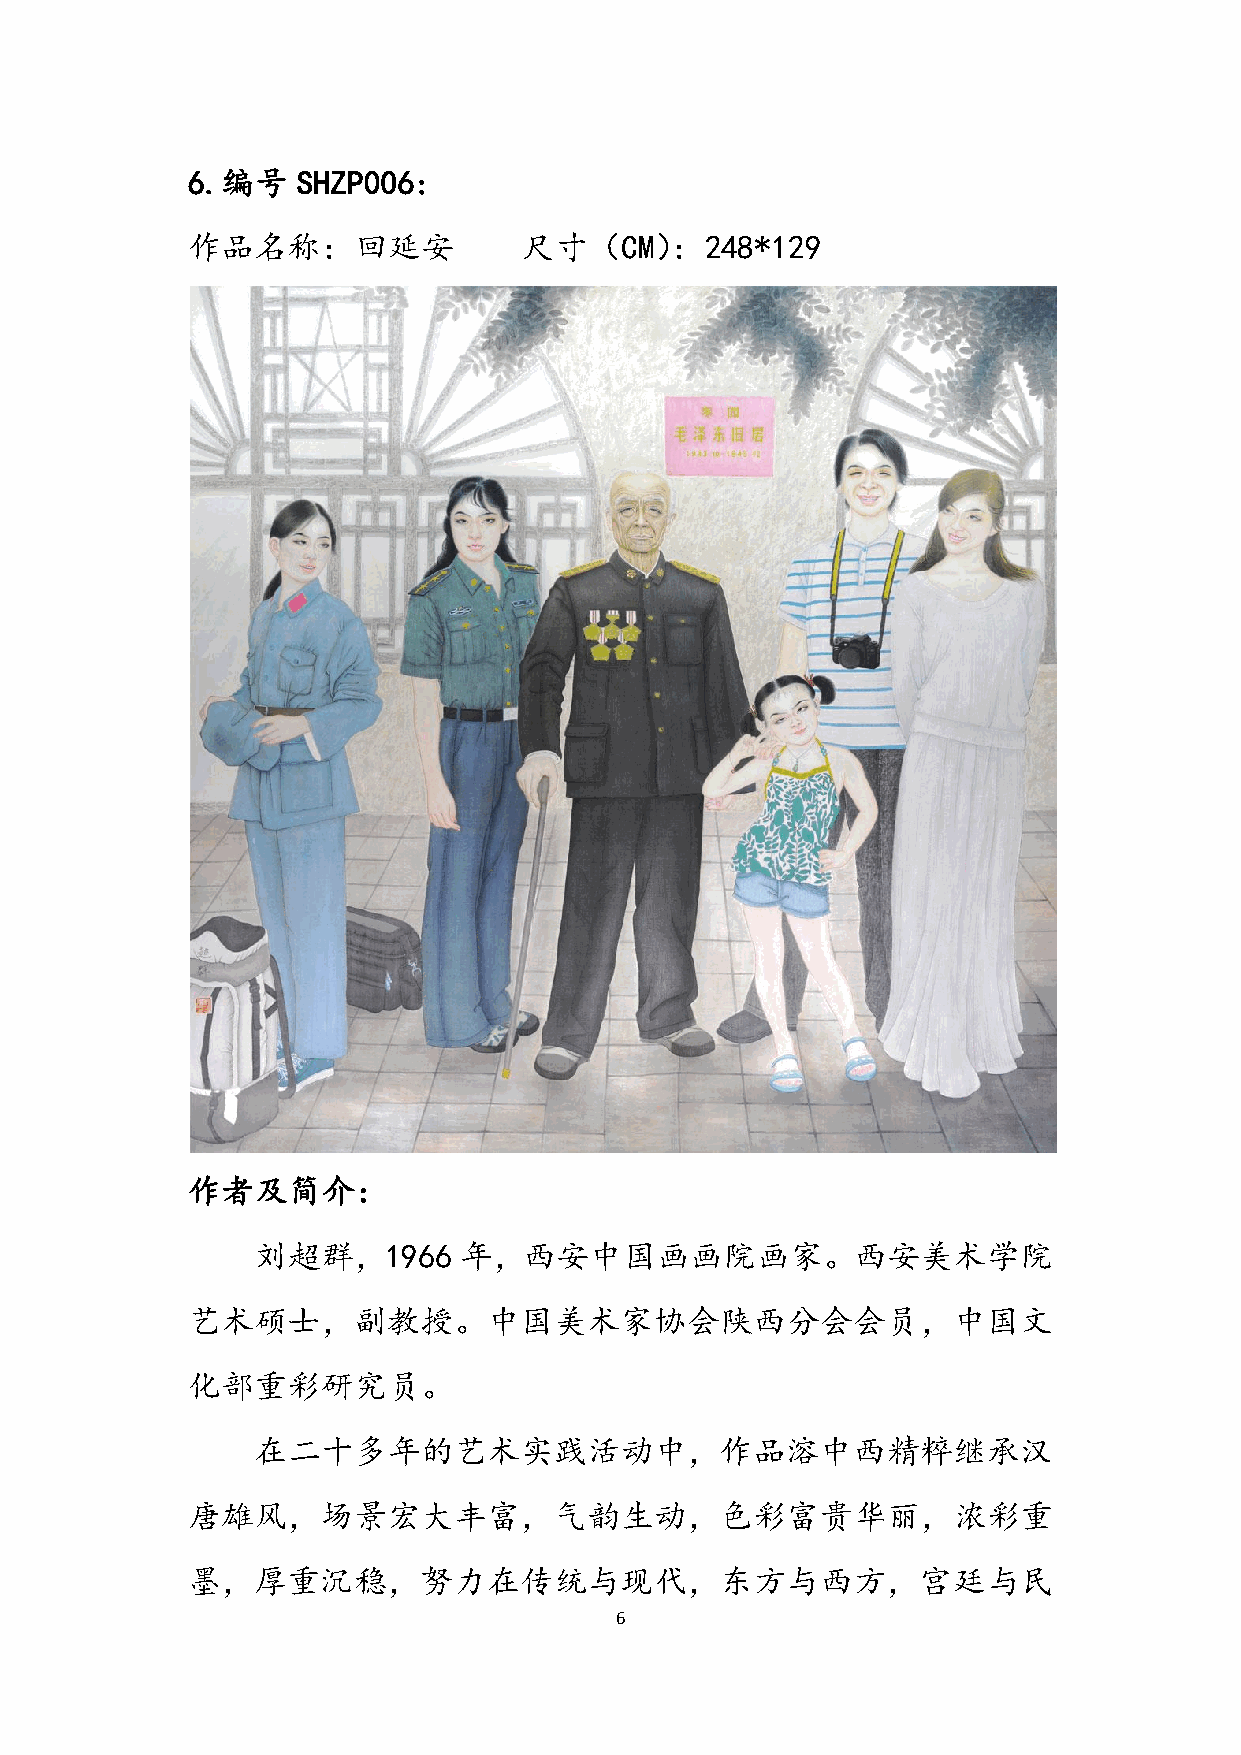
6.编号    SHZP006:
 作品名称：回延安              尺寸（CM）：248*129
 作者及简介：
 刘超群，1966     年，西安中国画画院画家。西安美术学院
 艺术硕士，副教授。中国美术家协会陕西分会会员，中国文
 化部重彩研究员。
 在二十多年的艺术实践活动中，作品溶中西精粹继承汉
 唐雄风，场景宏大丰富，气韵生动，色彩富贵华丽，浓彩重
 墨，厚重沉稳，努力在传统与现代，东方与西方，宫廷与民
 6